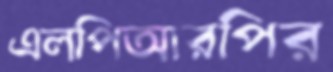
এলপিআরপির